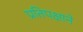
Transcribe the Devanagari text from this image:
प्रतिपक्षाने